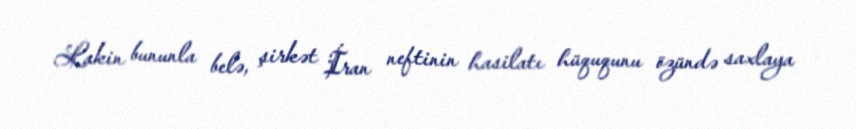
Lakin bununla belə, şirkət İran neftinin hasilatı hüququnu özündə saxlaya